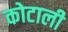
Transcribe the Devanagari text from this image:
कोटाली